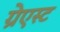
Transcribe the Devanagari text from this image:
ग्रेएस्ट